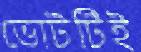
ভোটটিই